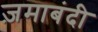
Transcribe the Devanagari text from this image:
ज़माबंदी